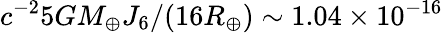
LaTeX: c^{-2}5GM_{\oplus}J_{6}/(16R_{\oplus})\sim 1.04\times 10^{-16}